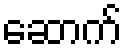
ဆောက်